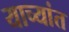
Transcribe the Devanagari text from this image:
याच्यांत